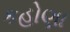
કહોણા